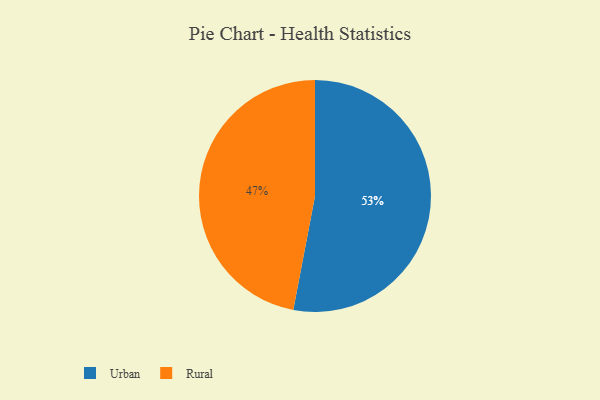
{"axis": {"x": "Category", "y": "Percentage"}, "legend": ["Rural", "Urban"], "data": [{"x": "Urban", "y": 53, "type": "Urban"}, {"x": "Rural", "y": 47, "type": "Rural"}]}